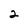
Character: 2